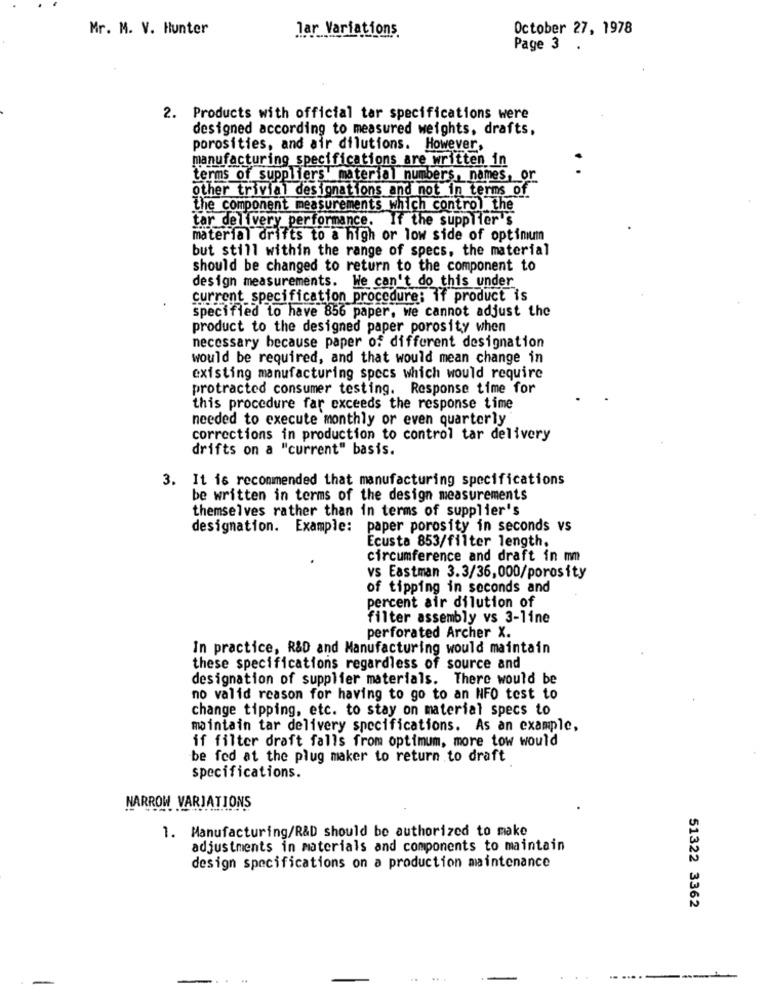
Mr. M. V. Hunter
lar Variations
October 27, 1978
Page 3
.
2. Products with official tar specifications were
designed according to measured weights, drafts,
porosities, and air dilutions. However,
manufacturing specifications are written in
terms of suppliers' material numbers, names, or
other trivial designations and not in terms of
the component measurements which control the
tar delivery performance. If the supplier's
material drifts to a high or low side of optimum
but still within the range of specs, the material
should be changed to return to the component to
design measurements. We can't do this under
current specification procedure: if product is
specified to have 856 paper, we cannot adjust the
product to the designed paper porosity when
necessary because paper of different designation
would be required, and that would mean change in
existing manufacturing specs which would require
protracted consumer testing. Response time for
this procedure far exceeds the response time
needed to execute monthly or even quarterly
corrections in production to control tar delivery
drifts on a "current" basis.
3. It is recommended that manufacturing specifications
be written in terms of the design measurements
themselves rather than in terms of supplier's
designation. Example: paper porosity in seconds vs
Ecusta 853/filter length,
circumference and draft in mm
vs Eastman 3.3/36,000/porosity
of tipping in seconds and
percent air dilution of
filter assembly vs 3-line
perforated Archer X.
In practice, R&D and Manufacturing would maintain
these specifications regardless of source and
designation of supplier materials. There would be
no valid reason for having to go to an NFO test to
change tipping, etc. to stay on material specs to
maintain tar delivery specifications. As an example,
if filter draft falls from optimum, more tow would
be fed at the plug maker to return to draft
specifications.
NARROW VARIATIONS
1. Manufacturing/R&D should be authorized to make
adjustments in materials and components to maintain
design specifications on a production maintenance
51322 3362
.. .